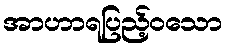
အာဟာရပြည့်ဝသော